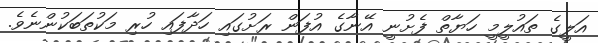
އަލީގެ ތައުލީމީ ހަޔާތް ފެށުނީ އޭނާގެ އުފަން ރަށުގައި ހަދާފައި ހުރި މަކުތަބަކުންނެވެ.